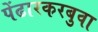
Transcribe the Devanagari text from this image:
पेंढारकरबुवा